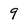
Character: 9